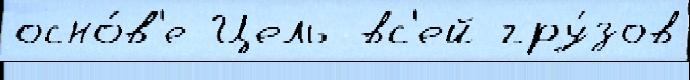
осно́в'е Цель вс'ей гру́зов